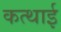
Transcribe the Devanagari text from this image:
कत्थाई